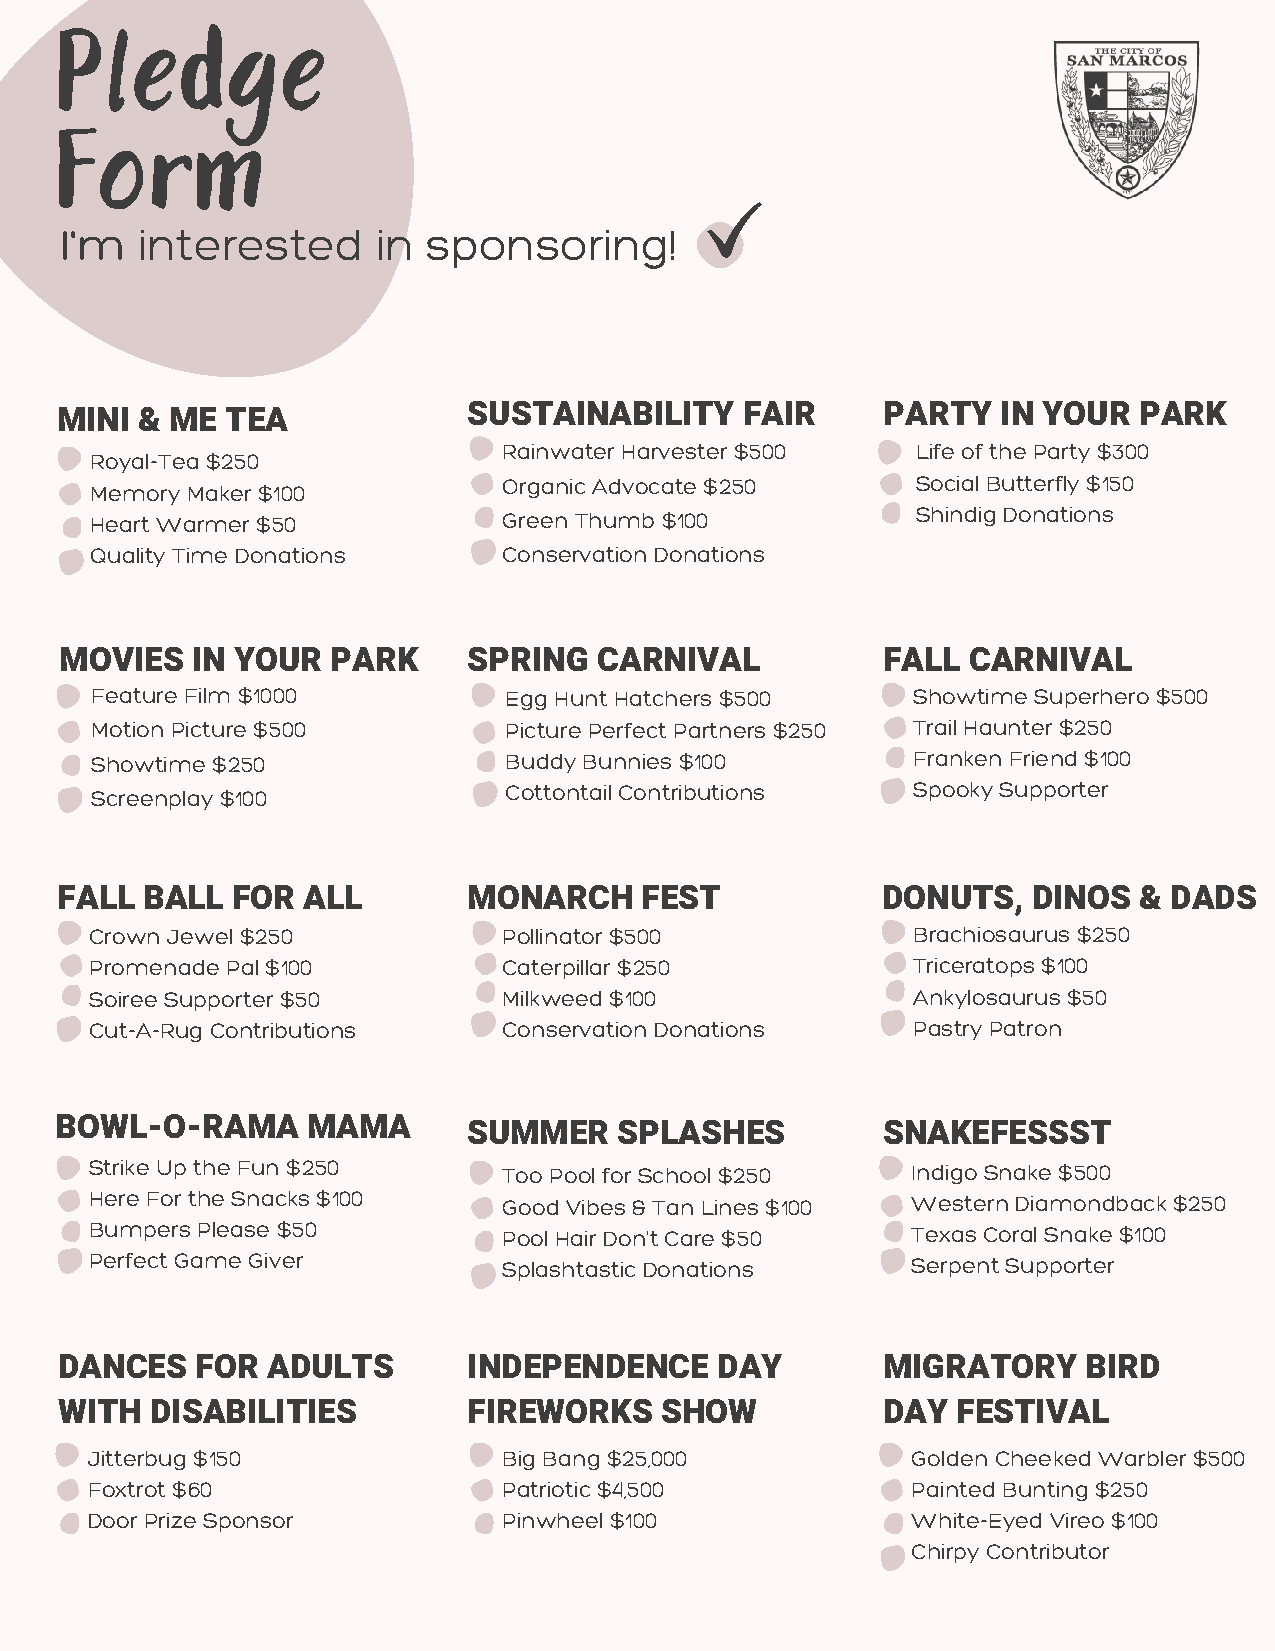
Pledge
 Form
 I'm  interested      in sponsoring!
 SUSTAINABILITY    FAIR     PARTY   IN YOUR  PARK
 MINI & ME  TEA
 Rainwater Harvester $500    Life of the Party $300
 Royal-Tea $250
 Organic Advocate $250       Social Butterfly $150
 Memory Maker $100
 Heart Warmer $50           Green Thumb $100            Shindig Donations
 Quality Time Donations     Conservation Donations
 MOVIES   IN YOUR  PARK     SPRING   CARNIVAL          FALL  CARNIVAL
 Feature Film $1000         Egg Hunt Hatchers $500     Showtime Superhero $500
 Motion Picture $500        Picture Perfect Partners $250 Trail Haunter $250
 Showtime $250              Buddy Bunnies $100         Franken Friend $100
 Screenplay $100            Cottontail Contributions   Spooky Supporter
 FALL BALL  FOR  ALL        MONARCH    FEST            DONUTS,   DINOS  & DADS
 Crown Jewel $250           Pollinator $500            Brachiosaurus $250
 Promenade Pal $100         Caterpillar $250           Triceratops $100
 Soiree Supporter $50       Milkweed $100              Ankylosaurus $50
 Cut-A-Rug Contributions    Conservation Donations     Pastry Patron
 BOWL-O-RAMA     MAMA       SUMMER    SPLASHES         SNAKEFESSST
 Strike Up the Fun $250     Too Pool for School $250   Indigo Snake $500
 Here For the Snacks $100   Good Vibes & Tan Lines $100 Western Diamondback $250
 Bumpers Please $50         Pool Hair Don't Care $50   Texas Coral Snake $100
 Perfect Game Giver         Splashtastic Donations     Serpent Supporter
 DANCES   FOR  ADULTS       INDEPENDENCE    DAY        MIGRATORY     BIRD
 WITH  DISABILITIES         FIREWORKS    SHOW          DAY  FESTIVAL
 Jitterbug $150             Big Bang $25,000           Golden Cheeked Warbler $500
 Foxtrot $60                Patriotic $4,500           Painted Bunting $250
 Door Prize Sponsor         Pinwheel $100              White-Eyed Vireo $100
 Chirpy Contributor